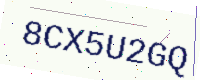
Text: 8CX5U2GQ